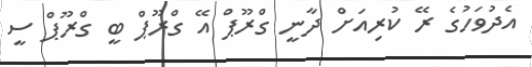
އެދުވަހުގެ ރޭ ކުރިއަށް ދާނީ ގްރޫޕް އޭ ގްރޫޕް ބީ ގްރޫޕް ސީ